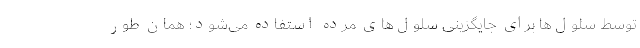
توسط سلول‌ها برای جایگزینی سلول‌های مرده استفاده می‌شود؛ همان طور